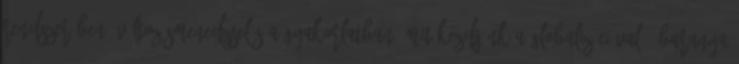
rendszerében; Változásmenedzselés a gyakorlatban; Mit kezdjünk a globalizációval?; Baranya